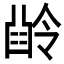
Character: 𠎜